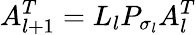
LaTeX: A_{l+1}^{T}=L_{l}P_{\sigma_{l}}A_{l}^{T}